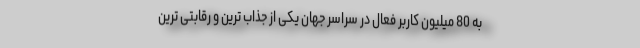
به 80 میلیون کاربر فعال در سراسر جهان یکی از جذاب ترین و رقابتی ترین